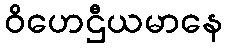
ဝိဟေဌီယမာနေ